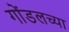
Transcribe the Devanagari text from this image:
गोंडलच्या